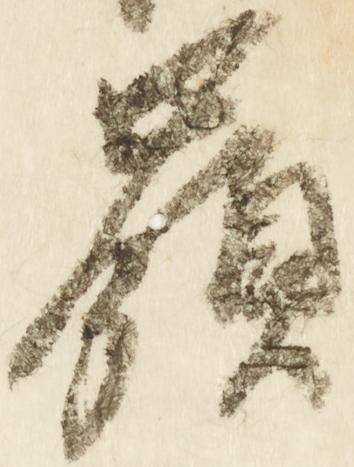
嶺